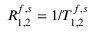
R _ { 1 , 2 } ^ { f , s } = 1 / T _ { 1 , 2 } ^ { f , s }